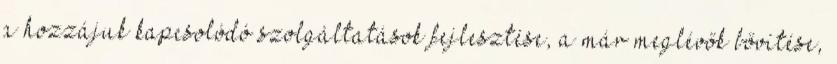
a hozzájuk kapcsolódó szolgáltatások fejlesztése, a már meglévők bővítése,